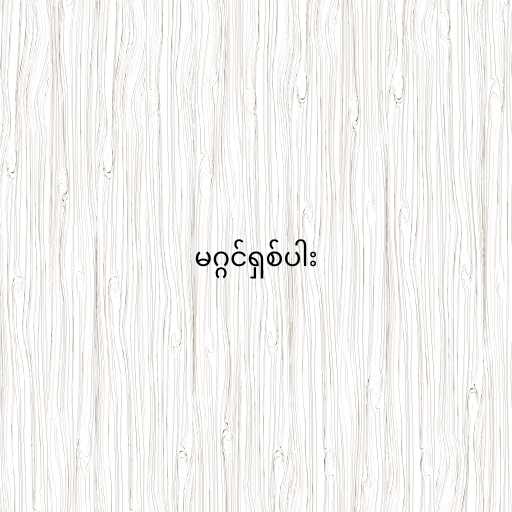
မဂ္ဂင်ရှစ်ပါး